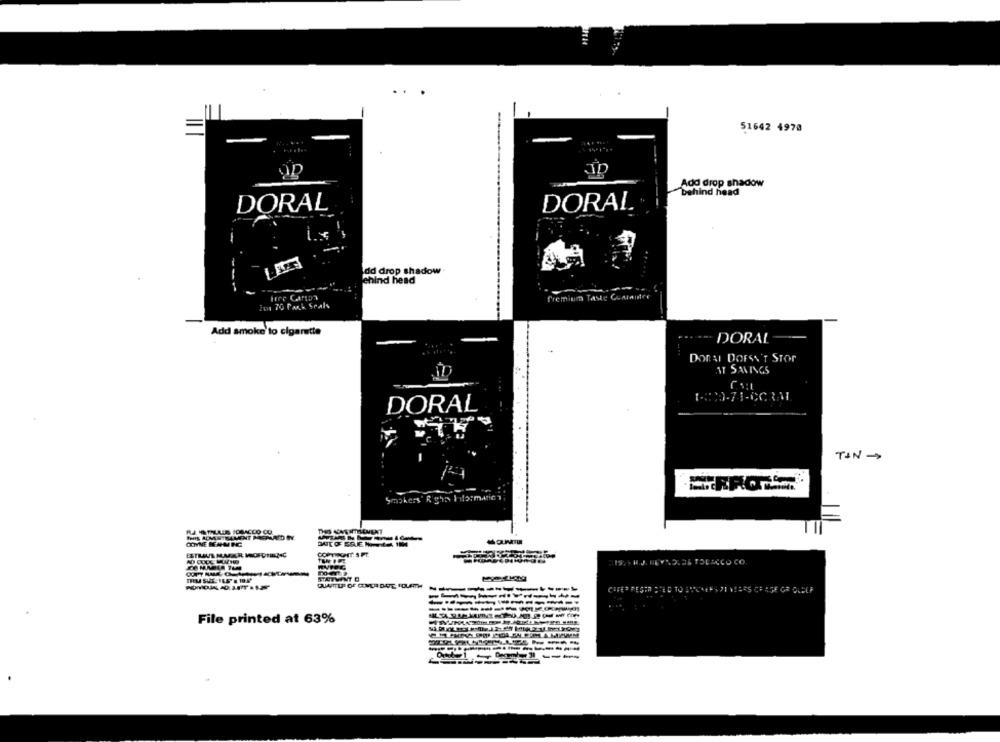
51642 4970
ID
Add drop shadow
behind head
DORAL
DORAL
dd drop shadow
ehind head
Premium Taste
Fm 70 Pack Srals
Add smoke to cigarette
DORAL
DORAL DOESN'T STOP
EAT SAVINGS
DORAL
TIN-
COYNE KAMIINC
STATMINT B
File printed at 63%